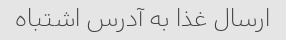
ارسال غذا به آدرس اشتباه